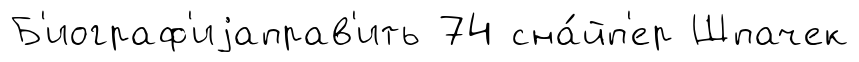
Б'иограф'иjаправ'ить 74 сна́йп'ер Шпачек